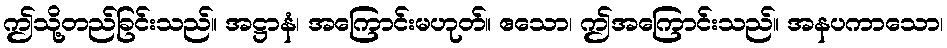
ဤသို့တည်ခြင်းသည်။ အဋ္ဌာနံ၊ အကြောင်းမဟုတ်။ ဧသော၊ ဤအကြောင်းသည်။ အနပကာသော၊